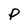
Character: P